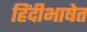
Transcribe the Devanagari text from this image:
हिंदीभाषेत